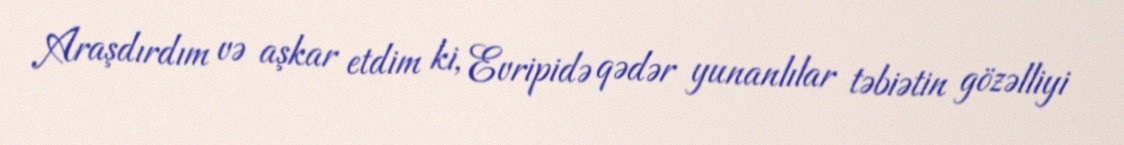
Araşdırdım və aşkar etdim ki, Evripidə qədər yunanlılar təbiətin gözəlliyi